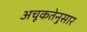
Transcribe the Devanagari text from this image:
अचूकतेनुसार